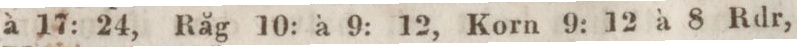
à 17: 24, Råg 10: à 9: 12, Korn 9: 12 à 8 Rdr,